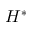
H ^ { * }